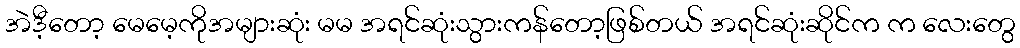
အဲဒီ့တော့ မေမေ့ကိုအများဆုံး မမ အရင်ဆုံးသွားကန်တော့ဖြစ်တယ် အရင်ဆုံးဆိုင်က က လေးတွေ